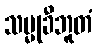
သမ္မုခီဘူတံ